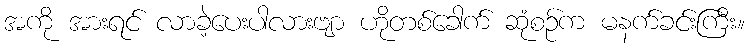
အကို အားရင် လာခဲ့ပေးပါလားဗျာ ဟိုတစ်ခေါက် ဆုံစဉ်က မနက်ခင်းကြီး။